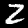
Label: 2